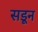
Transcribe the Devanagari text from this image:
सडून